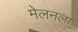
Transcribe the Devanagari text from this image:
मेलनला